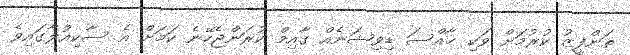
ތަންފީޒު ކުރުމަށް ވަކި ޚާއްސަ ޑިވިޝަނެއް ގާއިމް ކުރަންޖެހޭނެ ކަމަށް އެ ސާކިއުލާގައިވެ